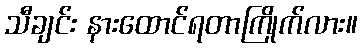
သီချင်း နားထောင်ရတာကြိုက်လား။